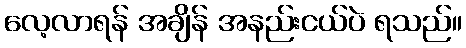
လေ့လာရန် အချိန် အနည်းငယ်ပဲ ရသည်။